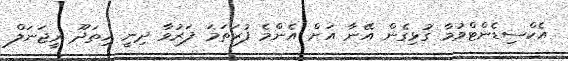
އެކްސިޑެންޓްވުމާ ގުޅިގެން އޭނާ އަށް އެންމެ ފުރަތަމަ ފަރުވާ ދިނީ ހިތަދޫ ރީޖަނަލް